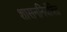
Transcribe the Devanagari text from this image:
शासननियंत्रित